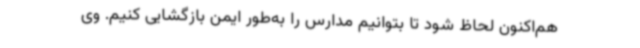
هم‌اکنون لحاظ شود تا بتوانیم مدارس را به‌طور ایمن بازگشایی کنیم. وی